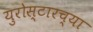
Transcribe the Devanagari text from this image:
युरोस्टारच्या